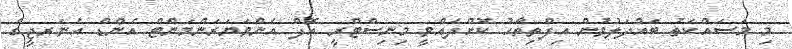
މި މަސައްކަތު ބައްދަލުވުން އިފްތިތާހު ކޮށްދެއްވީ މިނިސްޓްރީ އޮފް އެންވަޔަރަންމަންޓް އެންޑް އެނަރޖީގެ